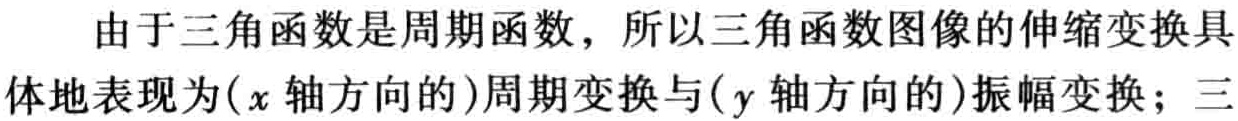
由于三角函数是周期函数，所以三角函数图像的伸缩变换具体地表现为( \(x\) 轴方向的)周期变换与( \(y\) 轴方向的)振幅变换；三